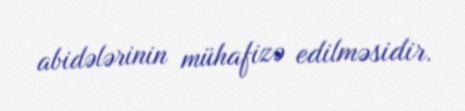
abidələrinin mühafizə edilməsidir.